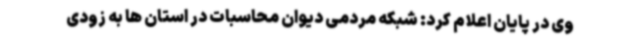
وی در پایان اعلام کرد: شبکه مردمی دیوان محاسبات در استان ها به زودی